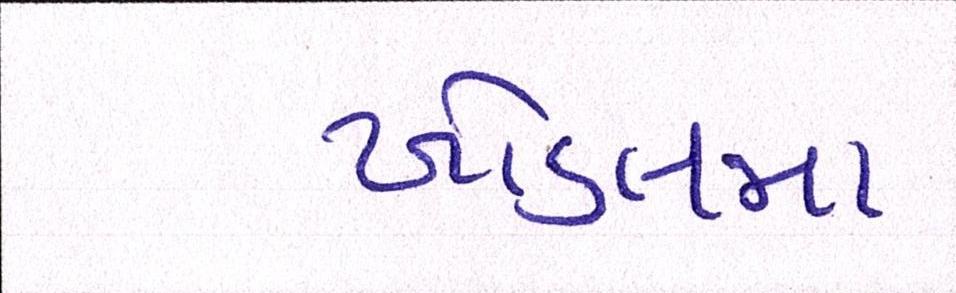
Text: ખોડલમા